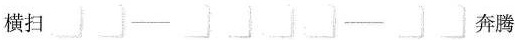
横扫 奔腾